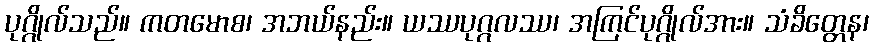
ပုဂ္ဂိုလ်သည်။ ကတမောစ၊ အဘယ်နည်း။ ယဿပုဂ္ဂလဿ၊ အကြင်ပုဂ္ဂိုလ်အား။ သံခိတ္တေန၊